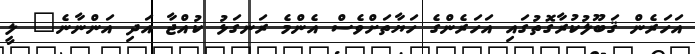
އަހަރެން ޤަބޫލުކުރާގޮތުގައި އަހަރެންގެ ހަޔާތަށްވެސް އެންމެ ރަނގަޅު ކުއްޖާ އަދި އަންނާނެ" ލީ